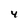
Character: 4